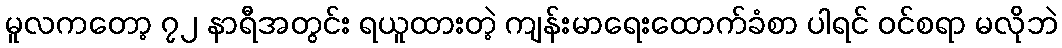
မူလကတော့ ၇၂ နာရီအတွင်း ရယူထားတဲ့ ကျန်းမာရေးထောက်ခံစာ ပါရင် ဝင်စရာ မလိုဘဲ